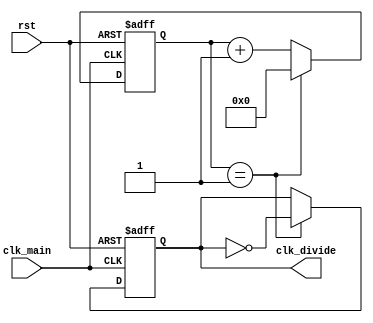
`timescale 1ns / 1ns
//////////////////////////////////////////////////////////////////////////////////
// Company: 
// Engineer: 
// 
// Design Name: 
// Module Name: clk_divider
// Project Name: 
// Target Devices: 
// Tool Versions: 
// Description: 
// 
// Dependencies: 
// 
// Revision:
// Revision 0.01 - File Created
// Additional Comments:
// 
//////////////////////////////////////////////////////////////////////////////////


module clk_divider
#(
    parameter DIVIDER_VALUE = 2
)
(
    input clk_main,
    input rst,
    output clk_divide
);

reg [7:0] counter;
reg out_buf;

assign clk_divide = out_buf;

always @(posedge clk_main or posedge rst)
begin
    if(rst)
    begin
        counter <= 0;
        out_buf <=0;
    end
    else if(clk_main)
    begin
        if(counter == DIVIDER_VALUE - 1)
        begin
            out_buf <= ~out_buf;
            counter <= 0;
        end
        else
            counter <= counter + 1;         
    end
end
endmodule